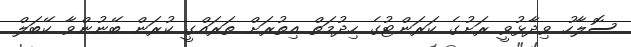
ސޮލާހު ވިދާޅުވީ ރަށުގެ ކަރަންޓުގެ ހިދުމަތް އިތުރަށް ތަރައްގީ ކުރަން ބޭނުންވާ ކޭބަލް